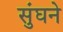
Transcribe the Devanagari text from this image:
सुंघने